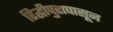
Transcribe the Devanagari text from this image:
रिद्धीपुरापासून